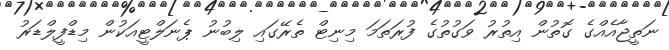
ނަތީޖާއެއްގެ ގޮތުން އިތުރު ވަގުތުގެ ފުރަތަމަ މިނިޓް ތެރޭގައި ލިބުނު ޕެނަލްޓީއަކުން މިޑްފީލްޑަރު